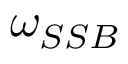
\omega _ { S S B }